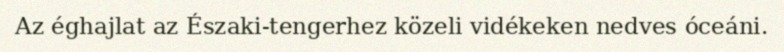
Az éghajlat az Északi-tengerhez közeli vidékeken nedves óceáni.